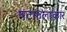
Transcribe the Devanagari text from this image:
षटफलाकार